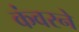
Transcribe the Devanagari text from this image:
कंवरने